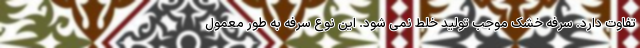
تفاوت دارد. سرفه خشک موجب تولید خلط نمی شود. این نوع سرفه به طور معمول